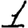
Digit: 1